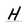
Character: H